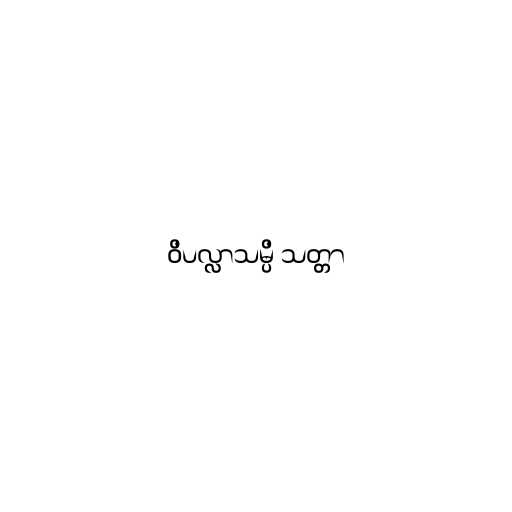
ဝိပလ္လာသမ္ပိ သတ္တာ